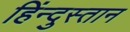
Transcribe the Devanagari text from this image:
हिंन्दुस्तान